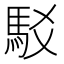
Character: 駁